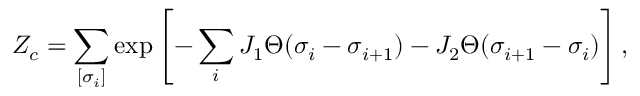
Z _ { c } = \sum _ { [ \sigma _ { i } ] } \exp \left[ - \sum _ { i } J _ { 1 } \Theta ( \sigma _ { i } - \sigma _ { i + 1 } ) - J _ { 2 } \Theta ( \sigma _ { i + 1 } - \sigma _ { i } ) \right] ,